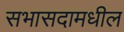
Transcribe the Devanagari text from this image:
सभासदामधील